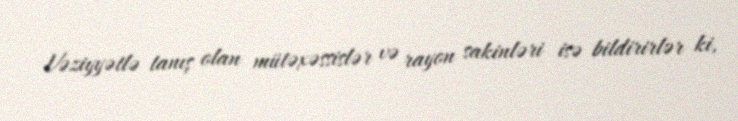
Vəziyyətlə tanış olan mütəxəssislər və rayon sakinləri isə bildirirlər ki,